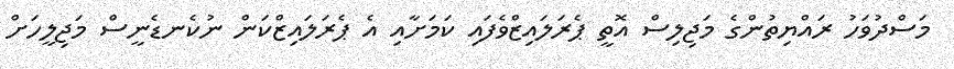
މަސްދުވަހު ރައްޔިތުންގެ މަޖިލިސް އޮތީ ޕެރަލައިޒްވެފައި ކަމަށާއި އެ ޕެރަލައިޒްކަން ނުކެނޑެނީސް މަޖިލީހަށް